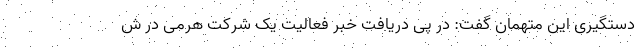
دستگیری این متهمان گفت: در پی دریافت خبر فعالیت یک شرکت هرمی در ش